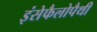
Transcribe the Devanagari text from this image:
इंसेफैलोपैथी